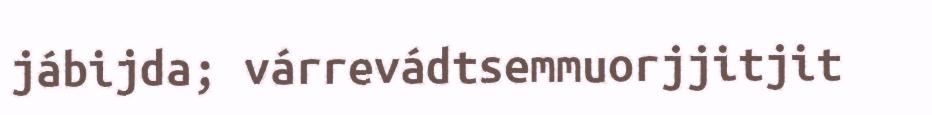
jábijda; várrevádtsemmuorjjitjit